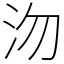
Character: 沕